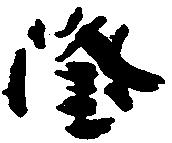
隆